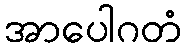
အာပေါဂတံ